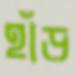
হাঁড়